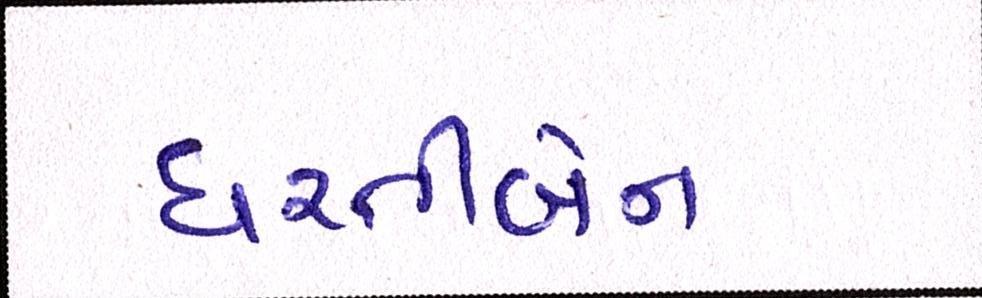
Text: ધરતીબેન